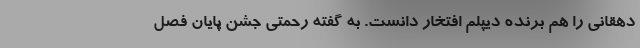
دهقانی را هم برنده دیپلم افتخار دانست. به گفته رحمتی جشن پایان فصل